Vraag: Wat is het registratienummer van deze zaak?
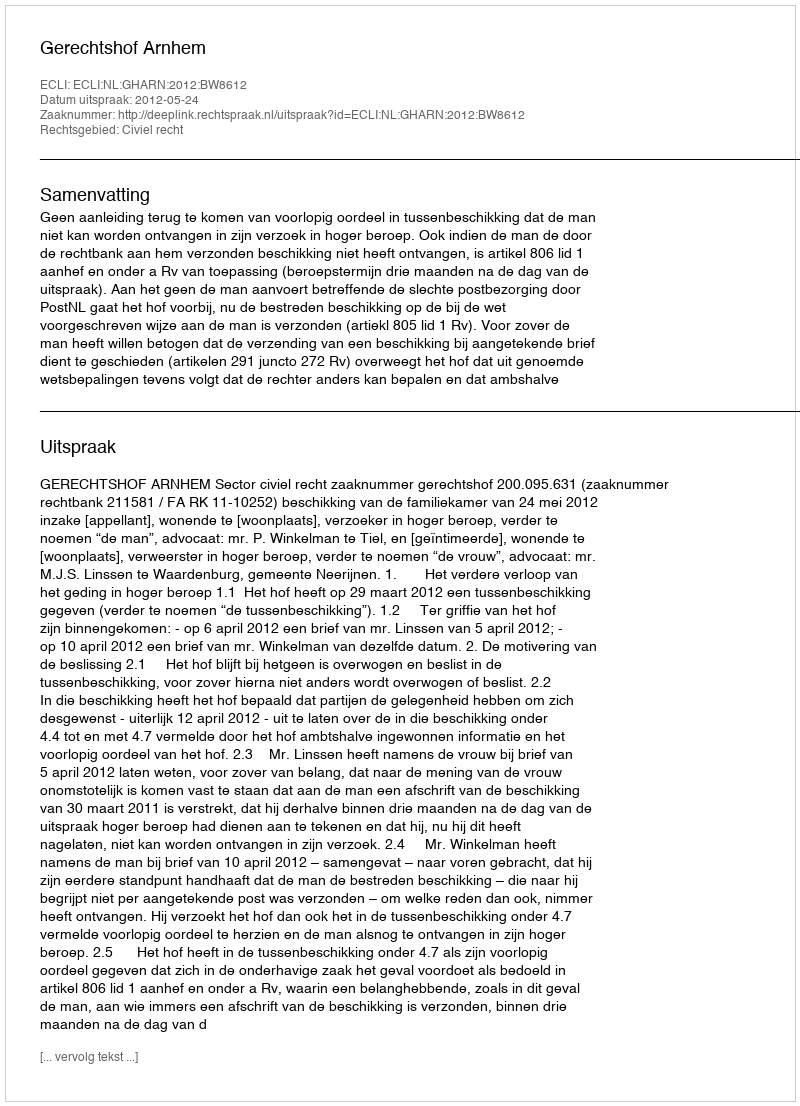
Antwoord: http://deeplink.rechtspraak.nl/uitspraak?id=ECLI:NL:GHARN:2012:BW8612